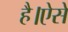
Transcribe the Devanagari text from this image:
है।ऐसे